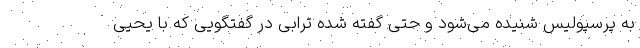
به پرسپولیس شنیده می‌شود و حتی گفته شده ترابی در گفتگویی که با یحیی